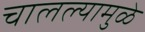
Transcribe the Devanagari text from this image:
चालल्यामुळे